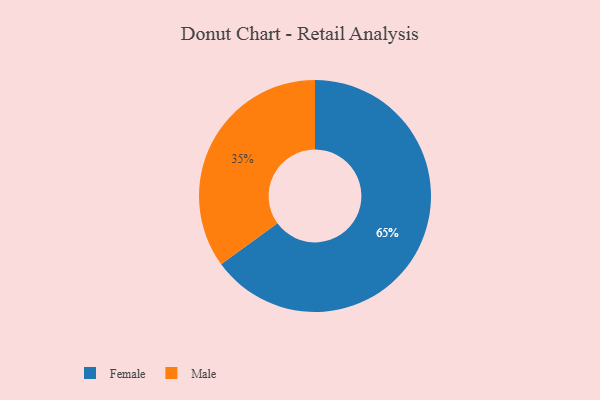
{"axis": {"x": "Category", "y": "Percentage"}, "legend": ["Female", "Male"], "data": [{"x": "Male", "y": 35, "type": "Male"}, {"x": "Female", "y": 65, "type": "Female"}]}